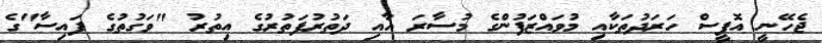
ޖެހޭނީ އޮފީސް ހަރަދުތަކާއި މުވައްޒަފުންގެ މުސާރަ އާއި ދަތުރުފަތުރުގެ އިތުރު "ވަގުތުގެ ފައިސާ"ގެ